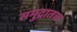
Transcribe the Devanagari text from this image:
समुद्रातच